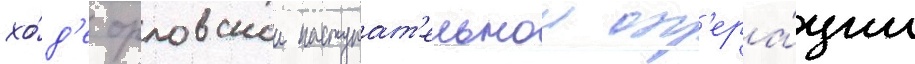
хо́д'е орловскои наступат'ельнои оп'ера́ции